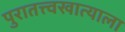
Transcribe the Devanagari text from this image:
पुरातत्त्वखात्याला